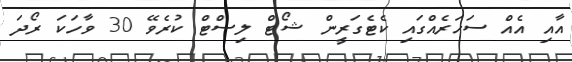
އާއި އެއް ސަހަރެއްގައި ކެޓެގަރީން ޝޯޓް ލިސްޓް ކުރެވޭ 30 ވާހަކަ ރޯދަ